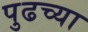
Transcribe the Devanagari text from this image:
पुढच्‍या